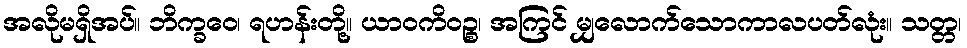
အလိုမရှိအပ်။ ဘိက္ခဝေ၊ ရဟန်းတို့။ ယာဝကိဝဉ္စ၊ အကြင် မျှလောက်သောကာလပတ်လုံး။ သတ္တ၊